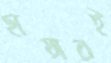
ছায়ারই